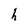
Character: h